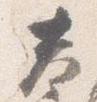
春